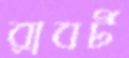
রাবর্ট